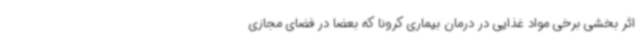
اثر بخشی برخی مواد غذایی در درمان بیماری کرونا که بعضا در فضای مجازی